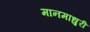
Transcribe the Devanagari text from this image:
मानमाधुरी